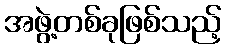
အဖွဲ့တစ်ခုဖြစ်သည့်